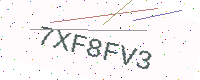
Text: 7XF8FV3